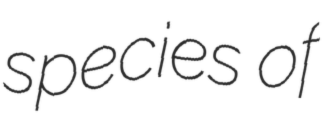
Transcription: species of